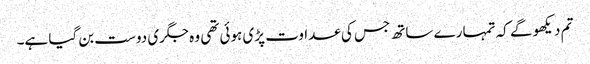
تم دیکھو گے کہ تمہارے ساتھ جس کی عداوت پڑی ہوئی تھی وہ جگری دوست بن گیا ہے۔